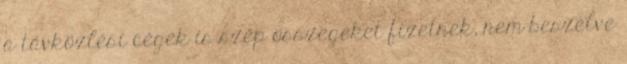
a távközlési cégek is szép összegeket fizetnek, nem beszélve